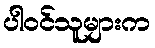
ပါဝင်သူများက